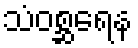
သံဝစ္ဆရေန